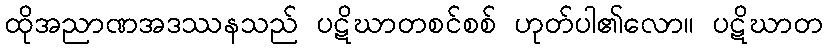
ထိုအညာဏအဒဿနသည် ပဋိဃာတစင်စစ် ဟုတ်ပါ၏လော။ ပဋိဃာတ